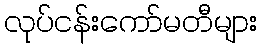
လုပ်ငန်းကော်မတီများ